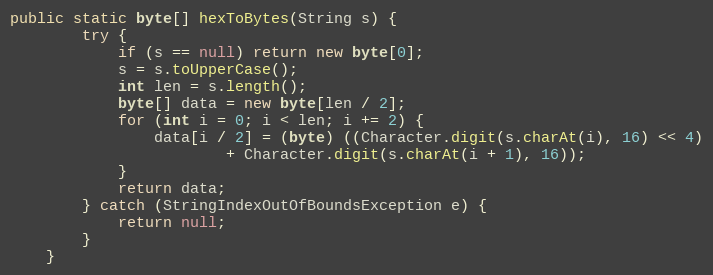
Language: Java
public static byte[] hexToBytes(String s) {
        try {
            if (s == null) return new byte[0];
            s = s.toUpperCase();
            int len = s.length();
            byte[] data = new byte[len / 2];
            for (int i = 0; i < len; i += 2) {
                data[i / 2] = (byte) ((Character.digit(s.charAt(i), 16) << 4)
                        + Character.digit(s.charAt(i + 1), 16));
            }
            return data;
        } catch (StringIndexOutOfBoundsException e) {
            return null;
        }
    }